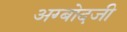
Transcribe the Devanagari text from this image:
अग्बोदजी